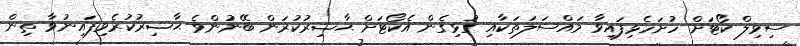
ސިވިލް ކޯޓަށް ހުށަހެޅިފައިވާ މައްސަލަތަކާއި ގުޅިގެން އެކޯޓަށް ޙާޟިރުކުރަން ބޭނުންވެ ޙާޟިރުކުރެވިފައިނުވާ ތިން